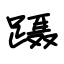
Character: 蹑